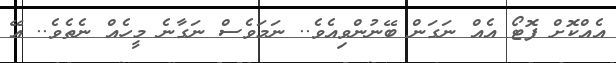
އެއްކޮށް ފޮޓޯ އެއް ނަގަން ބޭނުންވިއެވެ.. ނަމަވެސް ނަގާނެ މީހެއް ނެތެވެ.. އޭ